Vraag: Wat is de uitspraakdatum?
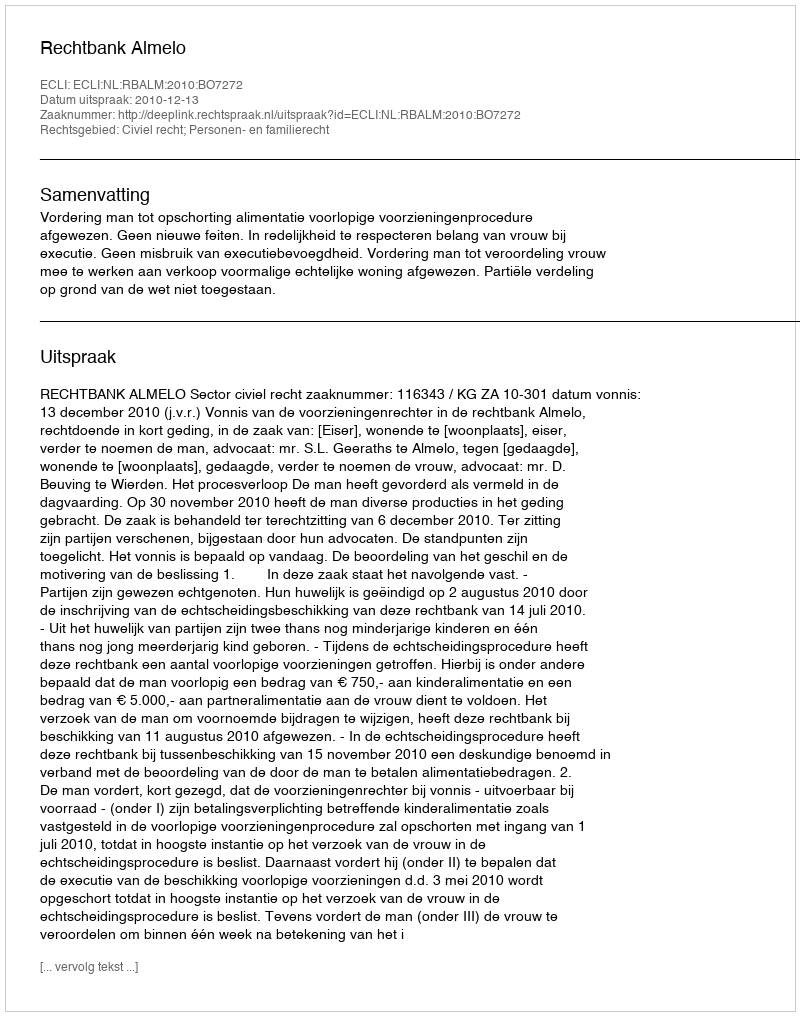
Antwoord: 2010-12-13